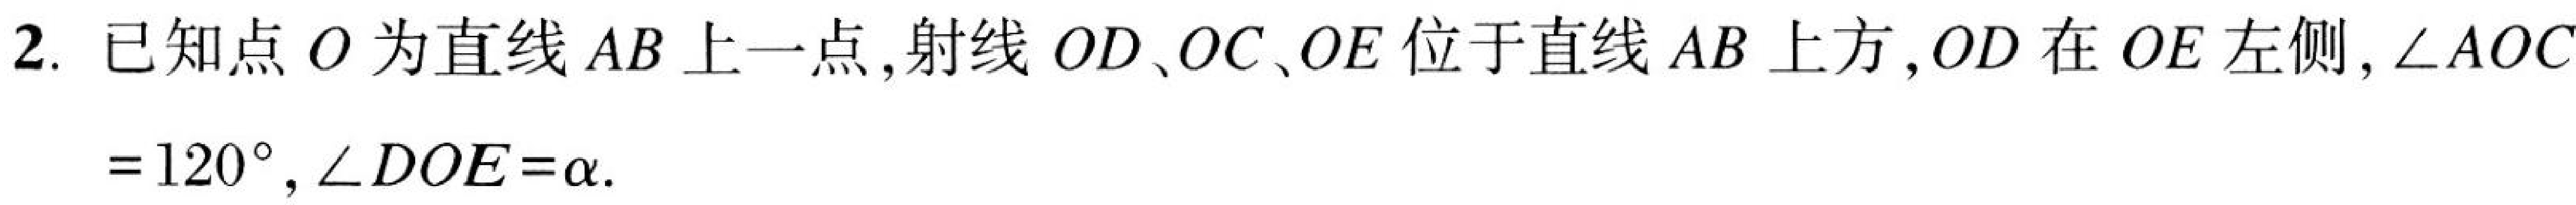
2. 已知点 \(O\) 为直线 \(AB\) 上一点,射线 \(OD\)、\(OC\)、\(OE\) 位于直线 \(AB\) 上方,\(OD\) 在 \(OE\) 左侧,\(\angle AOC\)
\( = 120^{\circ}\), \(\angle DOE=\alpha\).